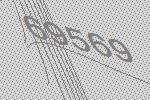
69569